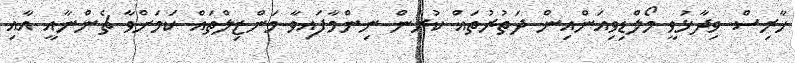
ހާރިސް ވިދާޅުވީ މޯލްޑިވިއަންއިން ދަތުރުތައް ކުރަން ނިންމާފައިވާ މަންޒިލްތައް ކަމަށްވާ ޗެންނާއީ އާއި